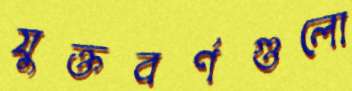
যুক্তবর্ণগুলো